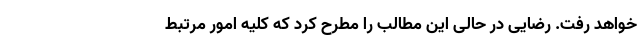
خواهد رفت. رضایی در حالی این مطالب را مطرح کرد که کلیه امور مرتبط